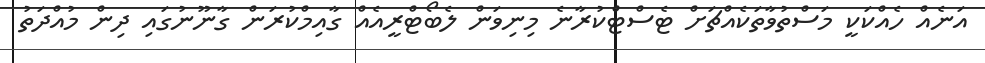
އަނެއް ހެއްކަކީ މަސްތުވާތަކެއްޗަށް ޓެސްޓްކުރާނެ މިނިވަން ލެބޯޓްރީއެއް ގާއިމްކުރަން ގާނޫނުގައި ދިން މުއްދަތު